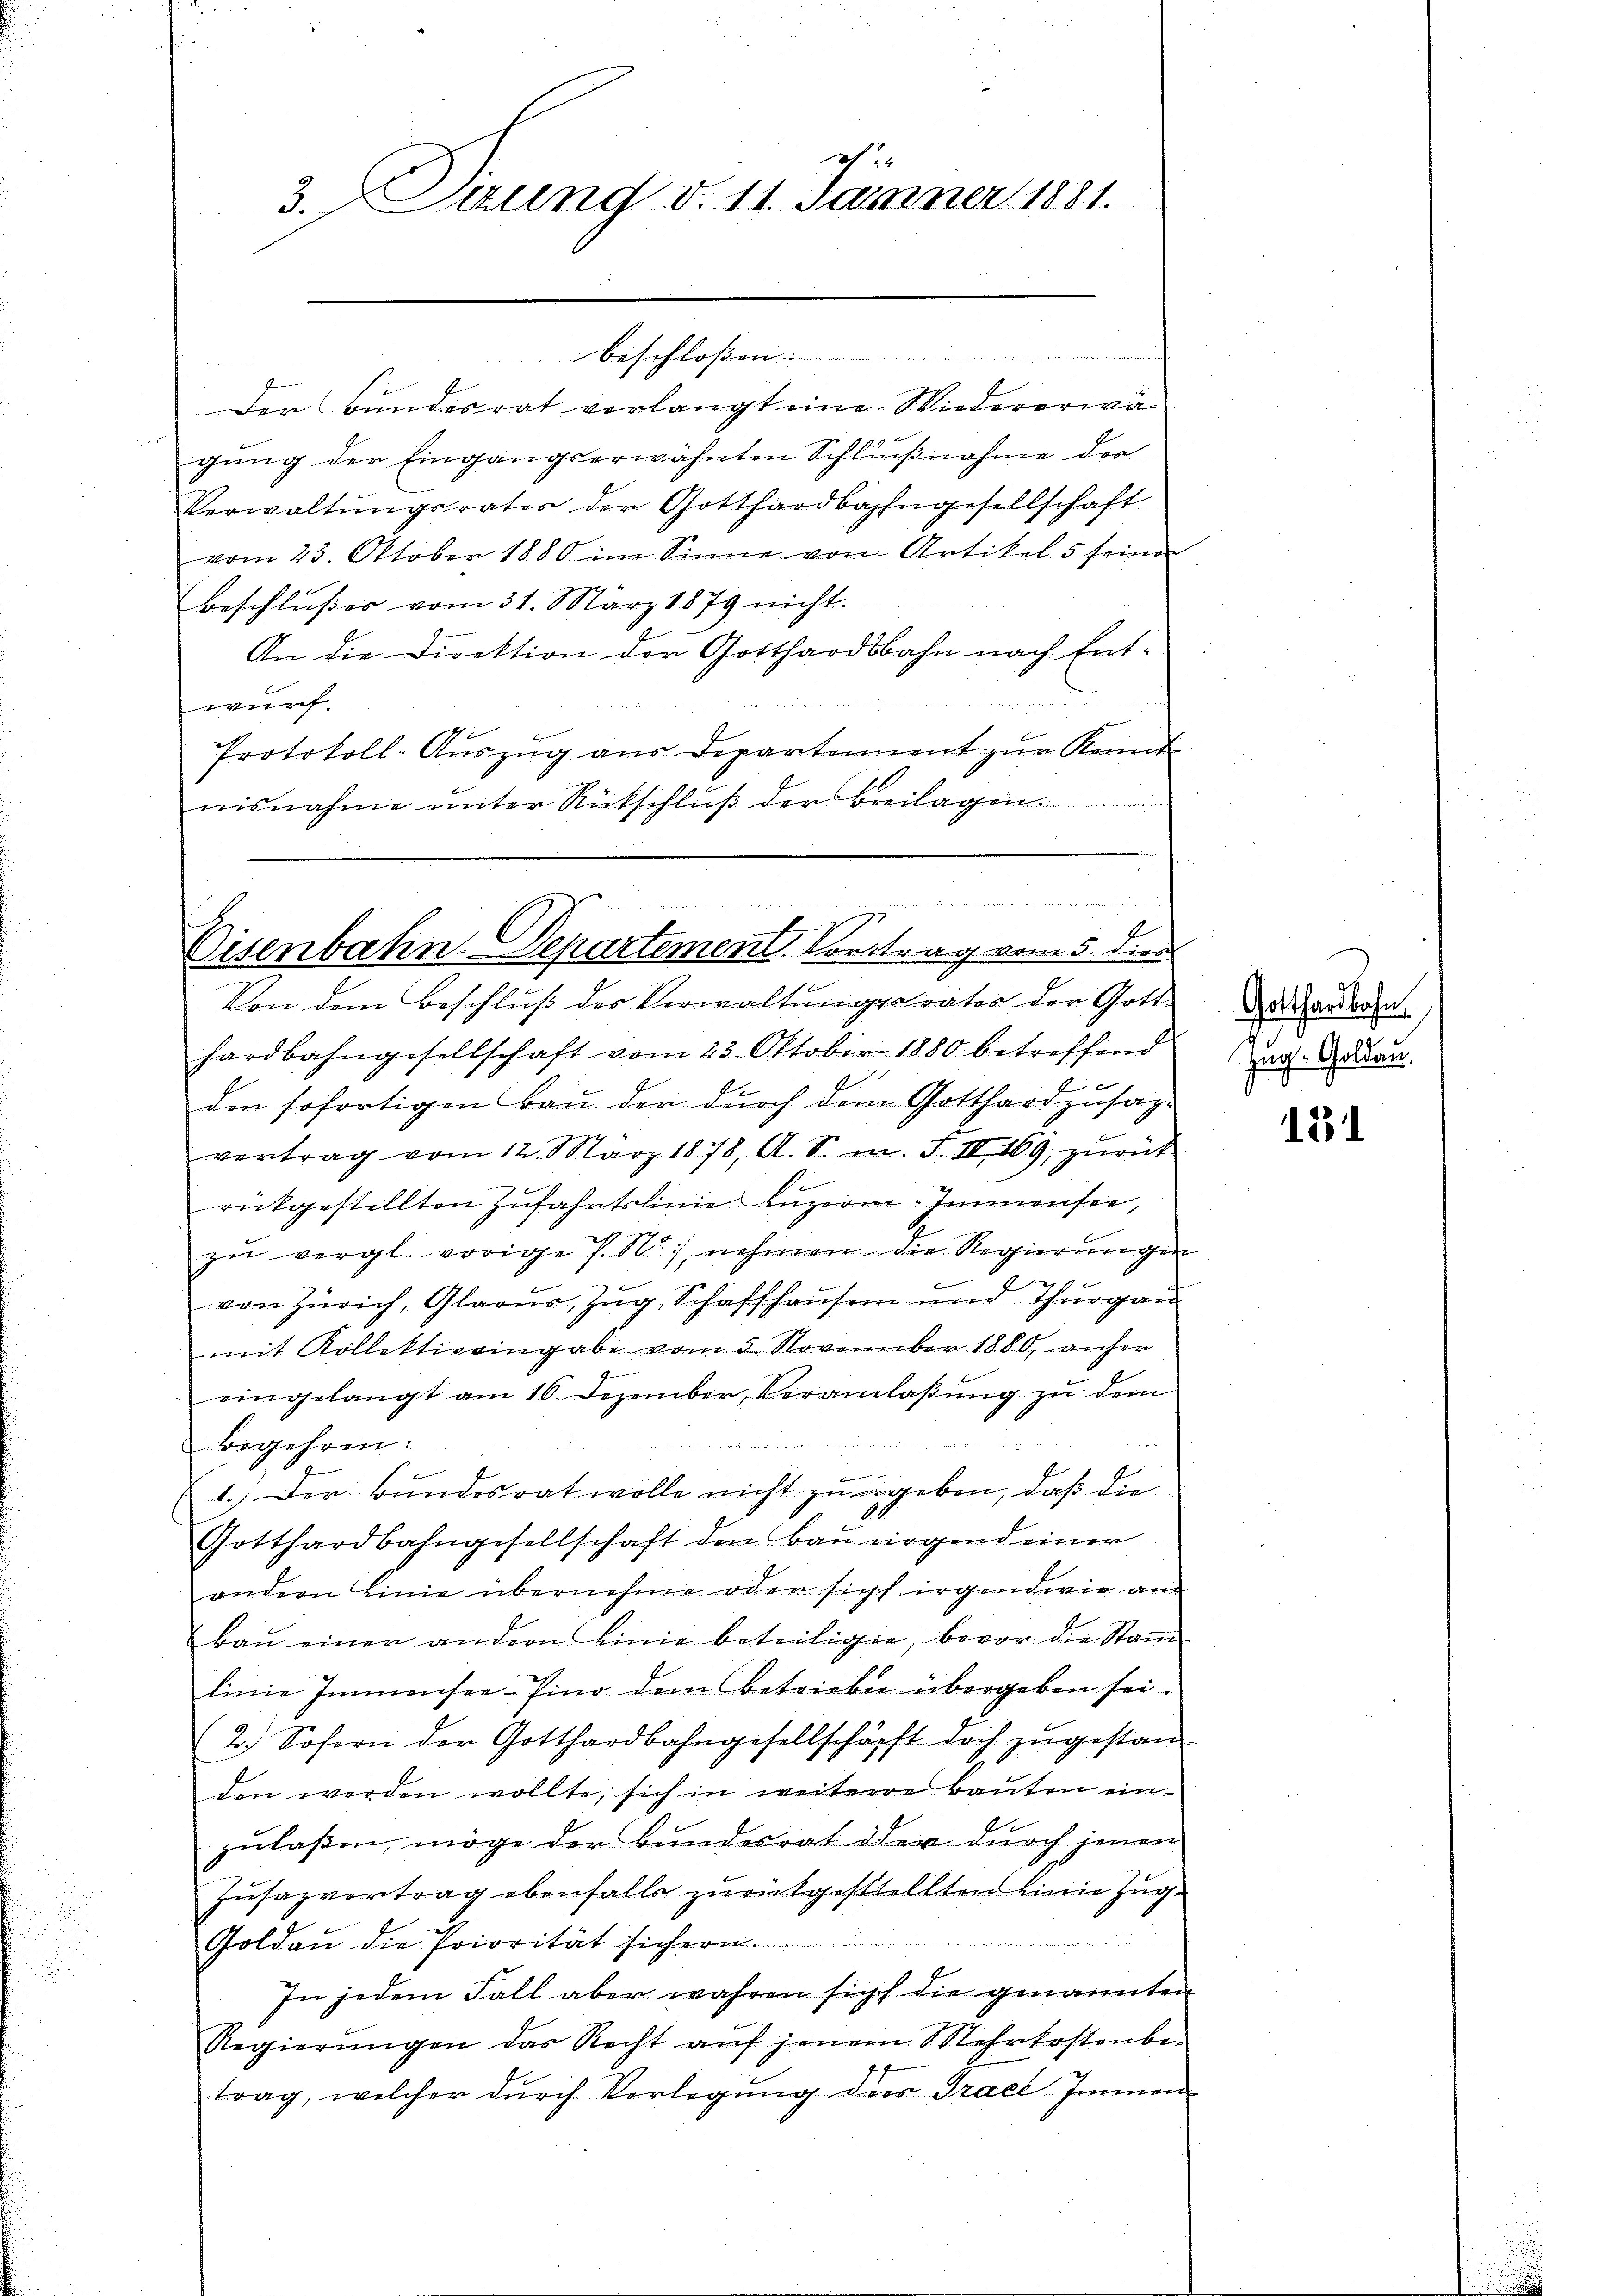
1
3.Sizung d. 11. Jänner 1881.

Beschloßen

Der Bundesrat verlangt eine Wiedererwä
gung der Eingangserwähnten Schlußnahme der
Verwaltungsrates der Gotthardbahngesellschaft
vom 23. Oktober 1880 im Sinne von Artikel 5 seiner
Beschlußes vom 31. März 1879 nicht.
An die Direktion der Gotthardsbahn nach Ent¬

wurf.
.
Protokoll- Aŭszŭg aŭs Departement zŭr Kennt
nisnahme unter Rückschlŭβ der Breilagen.

Seiten in dem

Eisenbahn-Departement Contrag vom 5. die

Von dem Beschluß des Verwaltungsräter der Gott-
hardbahngesellschaft vom 23. Oktober 1880 betreffend

den sofortigen Bau der durch dem Gotthard zusage
vertrag vom 12. März 1878, A. S. m. F. II 169, zurück
rückgestellten Zufahrtslinie Luzern Immensee,
zu vergl. vorige P. Nr. nehmen die Regierungen
von Zürich, Glarus, Zug, Schaffhausen und Thurgau
mit Kollektivaingabe vom 5. November 1880, anher
eingelangt am 16. Dezember, Veranlaßung zu dem
dee einen
begehren:
2
1.) Der Bundesrat wolle nicht zu ergeben, daß die
Gotthardbahngesellschaft den Bau nirgend einer
andern Linie übernehme oder sicht irgendwie an
baŭ einer andern Linie beteilige, bevor die Stand
linie Immensee–Pino dem betrieben übergeben sei.
2.) Sofern der Gotthardbahngesellschöpft doch zugestan
den werden wollte, sich in weiterre Bauten einzulaßen, möge der Bundesrat der durch jenen
Zusazvortrag ebenfalls zurükgestellten Einie Zug-
Goldau die Priorität sichern.
In jedem Fall aber wahren sicht die genannten
Regierŭngen das Recht aŭf jenem Mehrkostenbe-
trag, welcher dŭrch Verlegŭng des Grael Immen-

Gotthardbahn
Zug. Goldau.

131